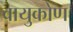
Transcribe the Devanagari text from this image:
वायुकोण